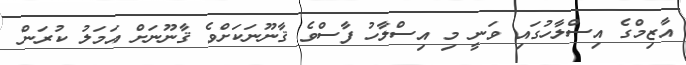
އާޒިމްގެ އިސްލާހުގައި ވަނީ މި އިސްލާހު ފާސްވެ ޤާނޫނަކަށްވެ ޤާނޫނަށް އަމަލު ކުރަން